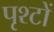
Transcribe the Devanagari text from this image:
पृश्टों